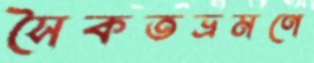
সৈকতভ্রমণে